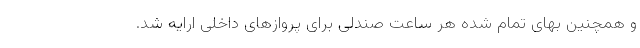
و همچنین بهای تمام شده هر ساعت صندلی برای پروازهای داخلی ارایه شد.